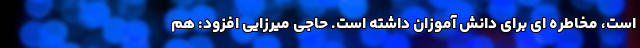
است، مخاطره ای برای دانش آموزان داشته است. حاجی میرزایی افزود: هم